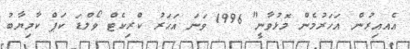
އެއއިރުން އަހަރުމެން މޮޅުވާނީ" 1996 ވަނަ އަހަރު ކްރިކެޓް ވޯލްޑަ ކަޕް ކާމިޔާބު